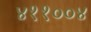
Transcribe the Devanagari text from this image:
४११००४